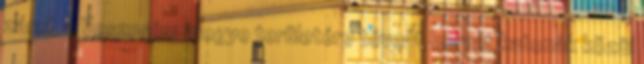
zárul, a Veszprém megye területére tévedt horvát katonák közül